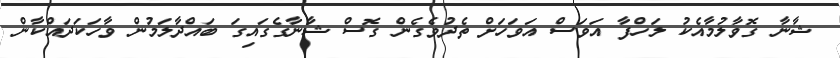
ޝާނާ ގޮވާލުމާއެކު ލަހްފާ އަވަސް އަވަހަށް ތެދުވެގެން ގޮސް ޝާނާގެގައިގަ ބައްދާލަމުން ވާހަކަދައްކާން